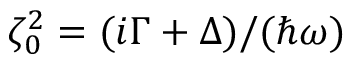
\zeta _ { 0 } ^ { 2 } = { ( i \Gamma + \Delta ) } / { ( \hbar \omega ) }